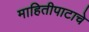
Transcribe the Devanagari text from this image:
माहितीपाटाचे